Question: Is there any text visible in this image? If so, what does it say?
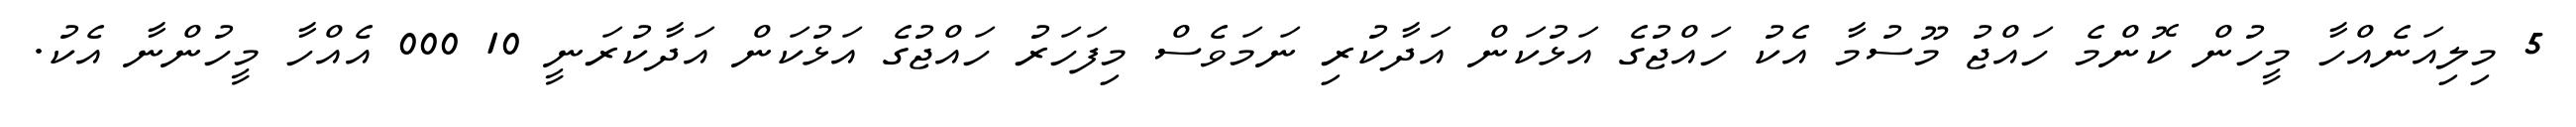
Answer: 5 މިލިއަނެއްހާ މީހުން ކޮންމެ ހައްޖު މޫސުމާ އެކު ހައްޖުގެ އަޅުކަން އަދާކުރި ނަމަވެސް މިފަހަރު ހައްޖުގެ އަޅުކަން އަދާކުރަނީ 10 000 އެއްހާ މީހުންނާ އެކު.